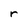
Character: r